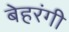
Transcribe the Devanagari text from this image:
बेहरंगी